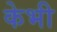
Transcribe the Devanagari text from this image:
केभी